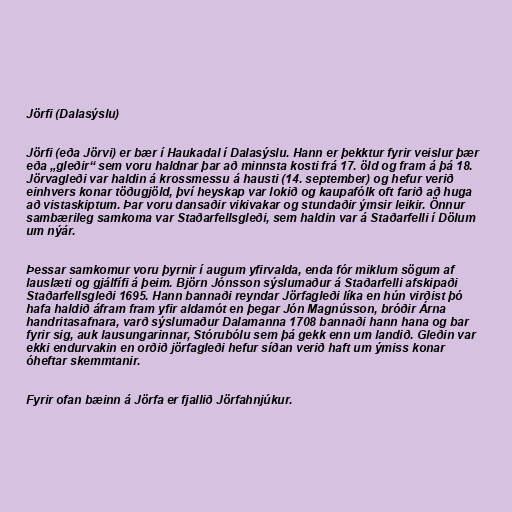
Jörfi (Dalasýslu)

Jörfi (eða Jörvi) er bær í Haukadal í Dalasýslu. Hann er þekktur fyrir veislur þær
eða „gleðir“ sem voru haldnar þar að minnsta kosti frá 17. öld og fram á þá 18.
Jörvagleði var haldin á krossmessu á hausti (14. september) og hefur verið
einhvers konar töðugjöld, því heyskap var lokið og kaupafólk oft farið að huga
að vistaskiptum. Þar voru dansaðir vikivakar og stundaðir ýmsir leikir. Önnur
sambærileg samkoma var Staðarfellsgleði, sem haldin var á Staðarfelli í Dölum
um nýár.

Þessar samkomur voru þyrnir í augum yfirvalda, enda fór miklum sögum af
lauslæti og gjálfífi á þeim. Björn Jónsson sýslumaður á Staðarfelli afskipaði
Staðarfellsgleði 1695. Hann bannaði reyndar Jörfagleði líka en hún virðist þó
hafa haldið áfram fram yfir aldamót en þegar Jón Magnússon, bróðir Árna
handritasafnara, varð sýslumaður Dalamanna 1708 bannaði hann hana og bar
fyrir sig, auk lausungarinnar, Stórubólu sem þá gekk enn um landið. Gleðin var
ekki endurvakin en orðið jörfagleði hefur síðan verið haft um ýmiss konar
óheftar skemmtanir.

Fyrir ofan bæinn á Jörfa er fjallið Jörfahnjúkur.